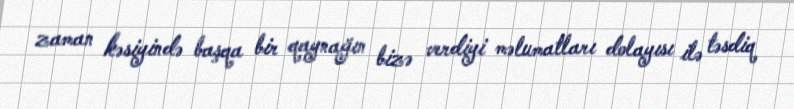
zaman kəsiyində başqa bir qaynağın bizə verdiyi məlumatları dolayısı ilə təsdiq